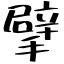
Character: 擘